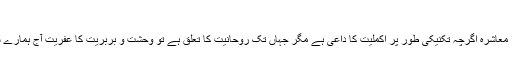
صفحہ ۱۲ )
تہذیبی اعتبار سے ہمارا معاشرہ اگرچہ تکنیکی طور پر اکملیت کا داعی ہے مگر جہاں تک روحانیت کا تعلق ہے تو وحشت و بربریت کا عفریت آج ہمارے سروں پر منڈلا رہا ہے۔